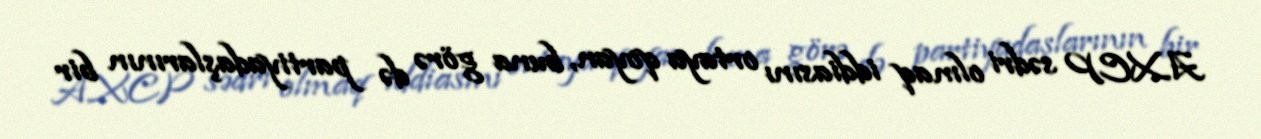
AXCP sədri olmaq iddiasını ortaya qoyan, buna görə də partiyadaşlarının bir